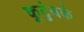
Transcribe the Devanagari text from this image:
कुटुंबकं